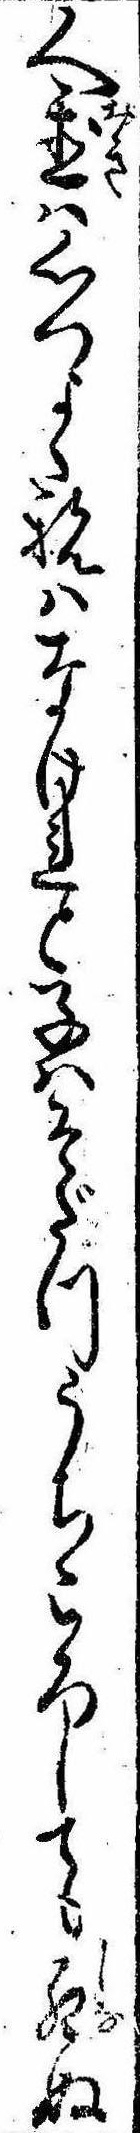
人置は心つよく親はなけれと子はそだつうちころしても死ぬ